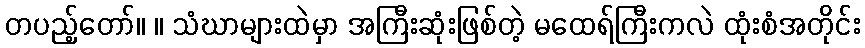
တပည့်တော်။ ။ သံဃာများထဲမှာ အကြီးဆုံးဖြစ်တဲ့ မထေရ်ကြီးကလဲ ထုံးစံအတိုင်း